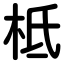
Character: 柢